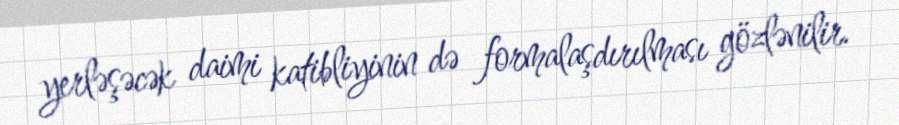
yerləşəcək daimi katibliyinin də formalaşdırılması gözlənilir.